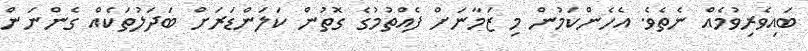
ބައިވެރިވުމެއް ނެތެވެ. އެހެންކަމުން މި ޒަމާނަށް ފެއްތުމުގެ ގޮތުން ކަލަންޑަަރަށް ބަދަލުތަކެއް ގެންނަން